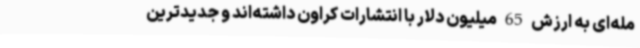
مله‌ای به ارزش 65 میلیون دلار با انتشارات کراون داشته‌اند و جدیدترین